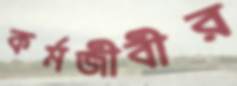
কর্মজীবীর